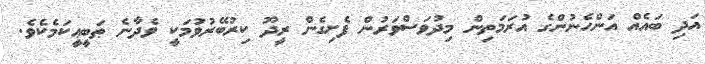
އަދި ބައެއް އަންހެނުންގެ އުރަމަތިން މިދުވަސްވަރުން ފެށިގެން ރީދޫ ކިރުބޭރުވުމަކީ ވެދާނެ ޠަބީޢީކަމެކެވެ.